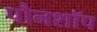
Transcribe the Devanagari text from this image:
पौनशॉप